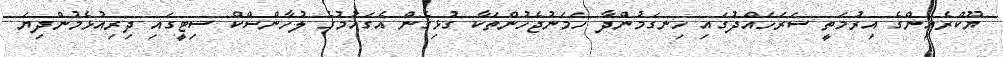
ޔޫކްރެއިންގެ އިރުމަތީ ސަރަހައްދުގައި ހިނގަމުންދާ ހަމަނުޖެހުންތަކާ ގުޅިގެން އެގައުމުގެ ލުހާންސްކް ސިޓީގައި ދިރިއުޅެމުންދިޔަ